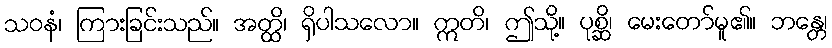
သဝနံ၊ ကြားခြင်းသည်။ အတ္ထိ၊ ရှိပါသလော။ ဣတိ၊ ဤသို့။ ပုစ္ဆိ၊ မေးတော်မူ၏။ ဘန္တေ၊